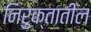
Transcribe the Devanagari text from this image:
निरुक्तातील